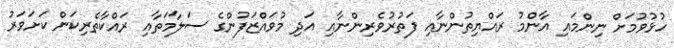
ހުޅުވުމަށް ނިންމައި އާންމު ރައްޔިތުންނާއި ފަތުރުވެރިންނާއި އަދި މުވައްޒަފުންގެ ސަލާމަތާއި ރައްކާތެރިކަން ކަށަވަރު